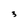
Character: 3